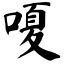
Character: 嗄